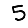
Digit: 5